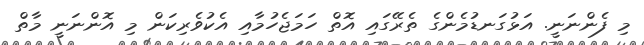
މި ފެންނަނީ. އަޅުގަނޑުމެންގެ ތެރޭގައި އޮތް ހަމަޖެހުމާއި އެކުވެރިކަން މި އޮންނަނީ މާތް